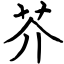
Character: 芥